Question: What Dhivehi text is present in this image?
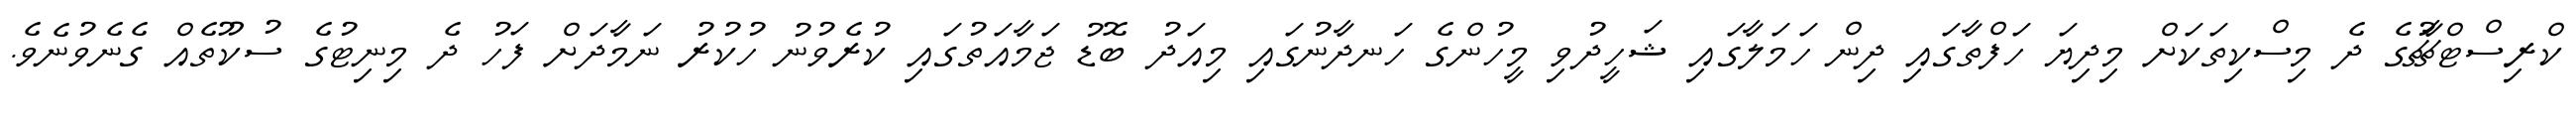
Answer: ކްރިސްޓްޗާޗުގެ ދެ މިސްކިތަކަށް މިދިޔަ ހަފްތާގައި ދިން ހަމަލާގައި ޝަހީދުވި މީހުންގެ ހަނދާނުގައި މިއަދު ބޮޑު ޖަމާއަތުގައި ކުރެވުނު ހުކުރު ނަމާދަށް ފަހު ދެ މިނިޓުގެ ސުކޫތެއް ގެނެވުނެވެ.